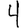
Digit: 4